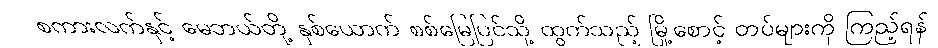
စကားလက်နှင့် မေဘယ်တို့ နှစ်ယောက် စစ်မြေပြင်သို့ ထွက်သည့် မြို့စောင့် တပ်များကို ကြည့်ရန်